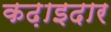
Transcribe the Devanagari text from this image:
कढ़ाइदार